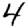
Digit: 4